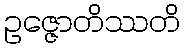
ဥဇ္ဇောတိဿတိ